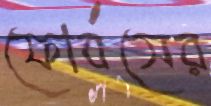
ফোর্বসের